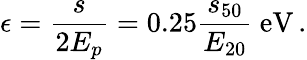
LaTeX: \epsilon=\frac{s}{2E_{p}}=0.25\frac{s_{50}}{E_{20}}~\mathrm{eV}\, .